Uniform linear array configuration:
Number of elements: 48
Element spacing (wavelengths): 1
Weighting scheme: binomial
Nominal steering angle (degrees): -60
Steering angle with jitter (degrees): -61.333
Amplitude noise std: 0.05
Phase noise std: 0.05

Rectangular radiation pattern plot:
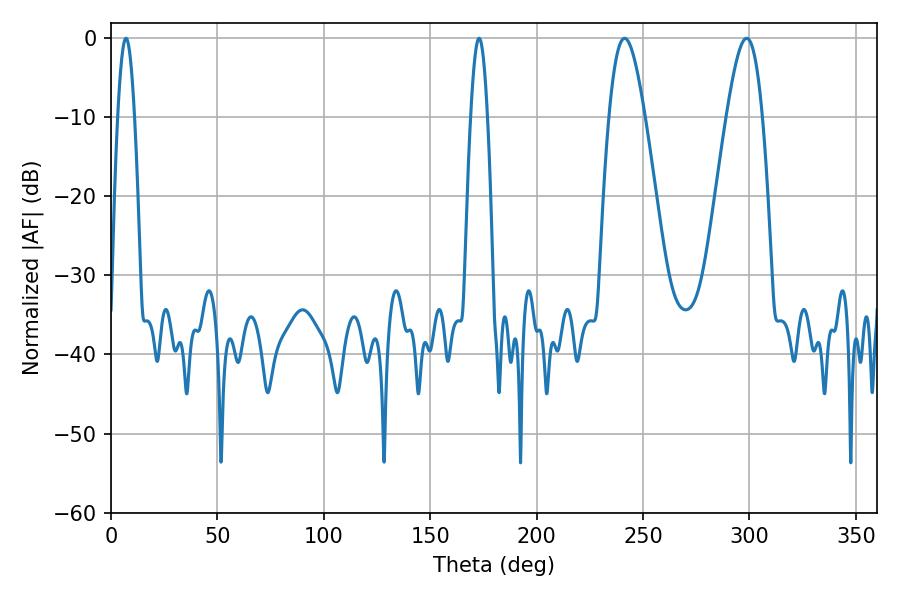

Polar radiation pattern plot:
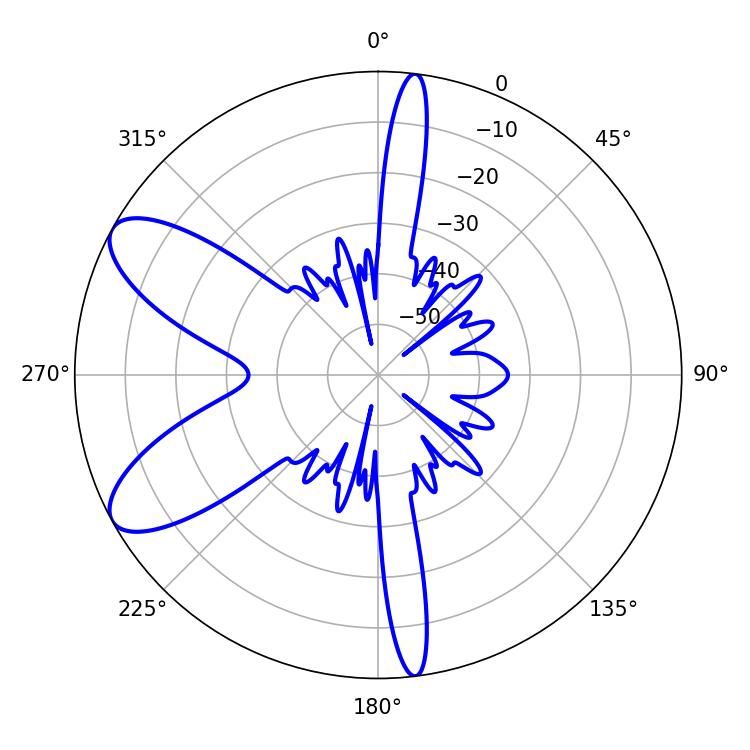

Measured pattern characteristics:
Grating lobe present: TRUE
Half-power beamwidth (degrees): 4.32
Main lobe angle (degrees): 7.02